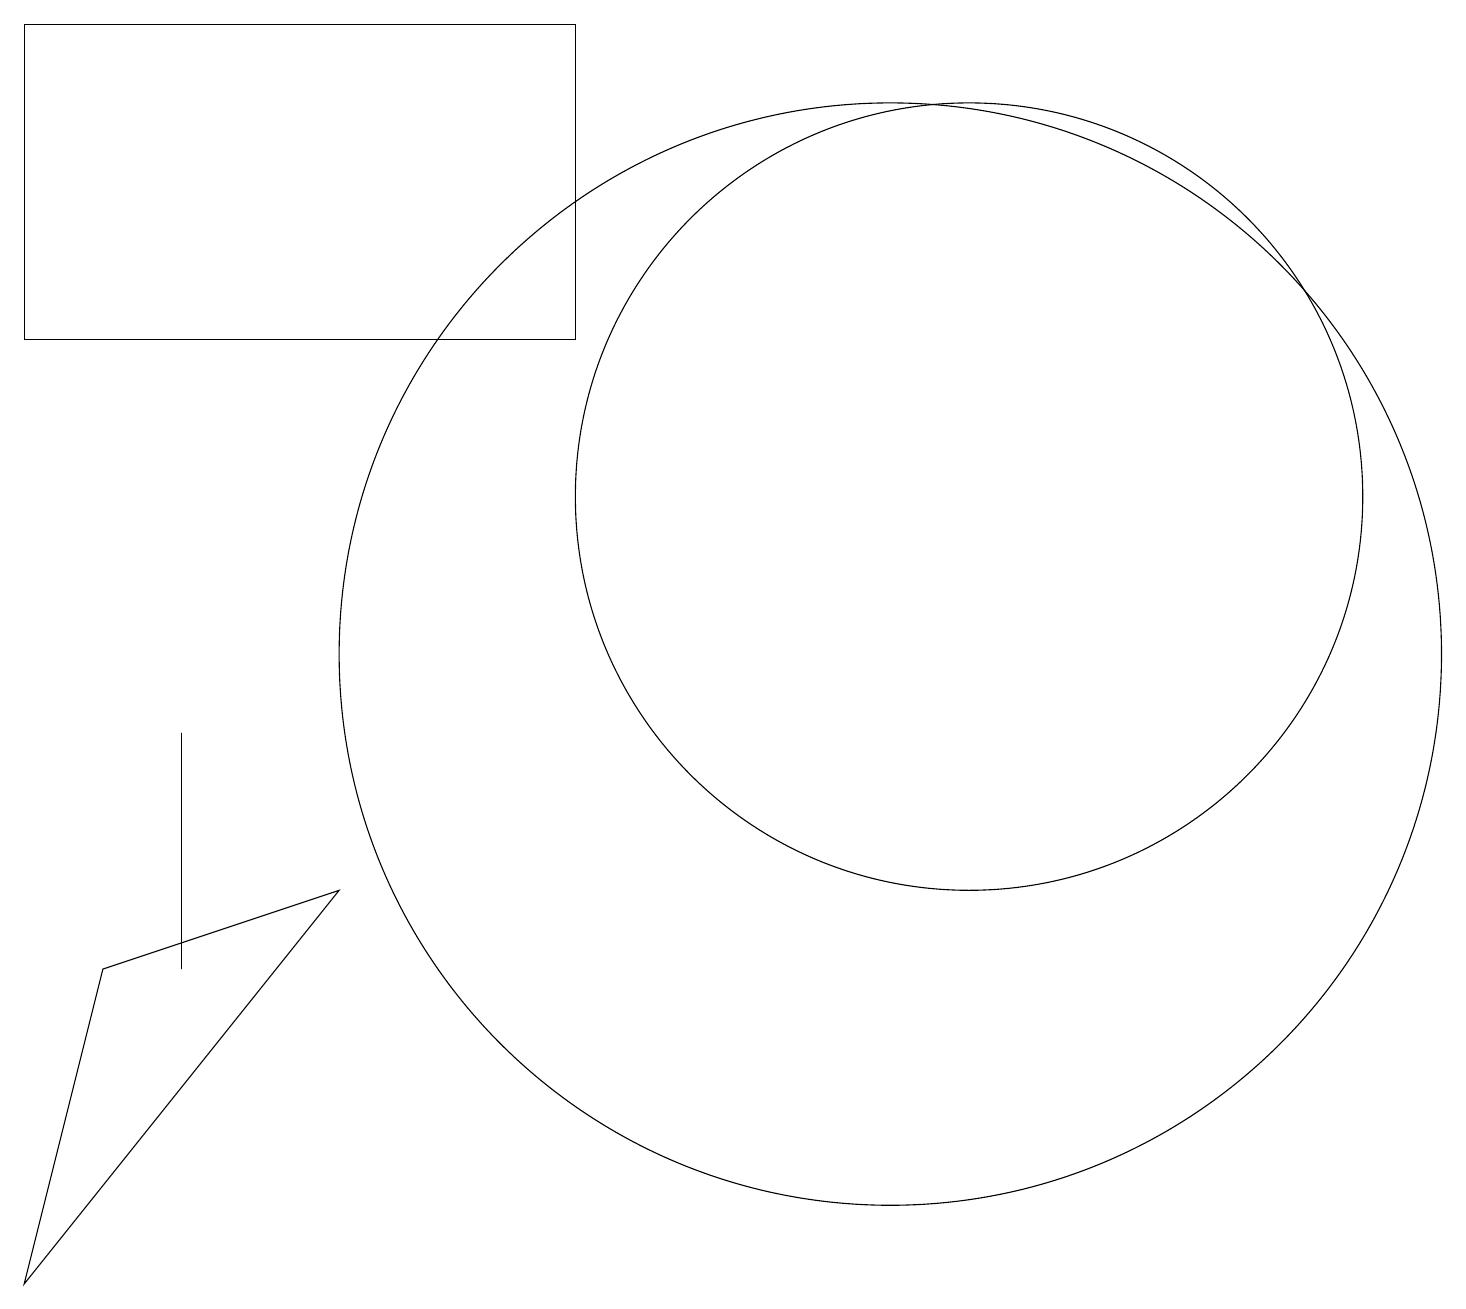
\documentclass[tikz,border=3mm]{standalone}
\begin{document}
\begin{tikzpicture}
\draw (4,7) -- (0,2) -- (1,6) -- cycle;
\draw (7,18) rectangle (0,14);
\draw (12,12) circle (5);
\draw (2,6) -- (2,8) -- (2,9) -- cycle;
\draw (11,10) circle (7);
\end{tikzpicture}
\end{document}